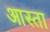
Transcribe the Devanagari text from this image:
आस्ता